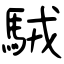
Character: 駥